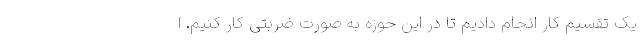
یک تقسیم کار انجام دادیم تا در این حوزه به صورت ضربتی کار کنیم. ا